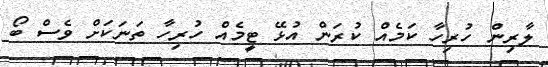
ލާރިން ހުރިހާ ކަމެއް ކުރަން އުޅޭ ޓީމެއް ހުރިހާ ތަނަކަށް ވެސް ބޯ